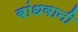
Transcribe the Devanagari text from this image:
बांधवानी